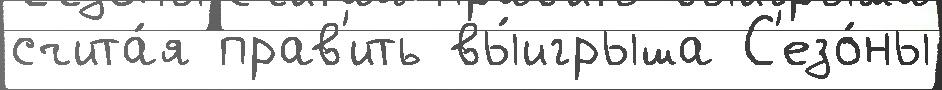
счита́я прав'ить вы́игрыша С'езо́ны